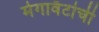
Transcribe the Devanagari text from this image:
मेगावॅटांची